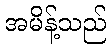
အမိန့်သည်